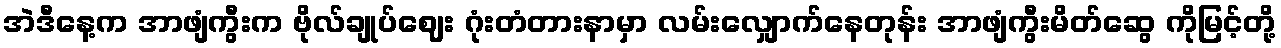
အဲဒီနေ့က အာဖျံကွီးက ဗိုလ်ချုပ်ဈေး ဂုံးတံတားနာမှာ လမ်းလျှောက်နေတုန်း အာဖျံကွီးမိတ်ဆွေ ကိုမြင့်တို့